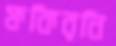
ফকিরনি